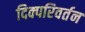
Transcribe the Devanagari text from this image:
दिक्परिवर्तन